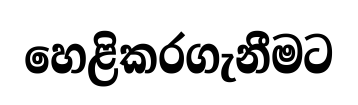
හෙළිකරගැනීමට